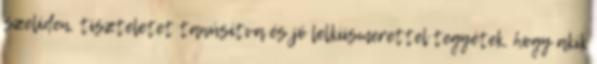
szelíden, tiszteletet tanúsítva és jó lelkiismerettel tegyétek, hogy akik